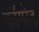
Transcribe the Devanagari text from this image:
काॅमरेड